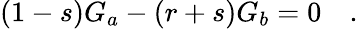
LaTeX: (1-s)G_{a}-(r+s)G_{b}=0\quad.